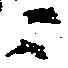
ニ